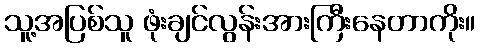
သူ့အပြစ်သူ ဖုံးချင်လွန်းအားကြီးနေတာကိုး။